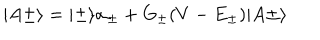
\vert A \pm \rangle = \vert \pm \rangle \alpha _ { \pm } + G _ { \pm } ( V - E _ { \pm } ) \vert A \pm \rangle